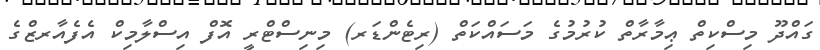
ގައްދޫ މިސްކިތް ޢިމާރާތް ކުރުމުގެ މަސައްކަތް (ރިޓެންޑަރ) މިނިސްޓްރީ އޮފް އިސްލާމިކް އެފެއާރޒްގެ